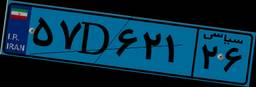
۵۷D۶۲۱۲۶